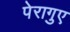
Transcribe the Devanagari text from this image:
पेरागुए